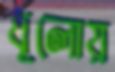
ধূলোয়